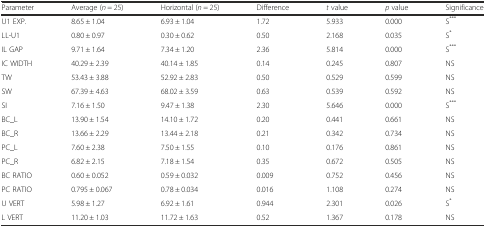
<table><thead><tr><td><b>Parameter</b></td><td><b>Average (<i>n</i> = 25)</b></td><td><b>Horizontal (<i>n</i> = 25)</b></td><td><b>Difference</b></td><td><b><i>t</i> value</b></td><td><b><i>p</i> value</b></td><td><b>Significance</b></td></tr></thead><tbody><tr><td>U1 EXP.</td><td>8.65 ± 1.04</td><td>6.93 ± 1.04</td><td>1.72</td><td>5.933</td><td>0.000</td><td>S<sup>***</sup></td></tr><tr><td>LL-U1</td><td>0.80 ± 0.97</td><td>0.30 ± 0.62</td><td>0.50</td><td>2.168</td><td>0.035</td><td>S<sup>*</sup></td></tr><tr><td>IL GAP</td><td>9.71 ± 1.64</td><td>7.34 ± 1.20</td><td>2.36</td><td>5.814</td><td>0.000</td><td>S<sup>***</sup></td></tr><tr><td>IC WIDTH</td><td>40.29 ± 2.39</td><td>40.14 ± 1.85</td><td>0.14</td><td>0.245</td><td>0.807</td><td>NS</td></tr><tr><td>TW</td><td>53.43 ± 3.88</td><td>52.92 ± 2.83</td><td>0.50</td><td>0.529</td><td>0.599</td><td>NS</td></tr><tr><td>SW</td><td>67.39 ± 4.63</td><td>68.02 ± 3.59</td><td>0.63</td><td>0.539</td><td>0.592</td><td>NS</td></tr><tr><td>SI</td><td>7.16 ± 1.50</td><td>9.47 ± 1.38</td><td>2.30</td><td>5.646</td><td>0.000</td><td>S<sup>***</sup></td></tr><tr><td>BC_L</td><td>13.90 ± 1.54</td><td>14.10 ± 1.72</td><td>0.20</td><td>0.441</td><td>0.661</td><td>NS</td></tr><tr><td>BC_R</td><td>13.66 ± 2.29</td><td>13.44 ± 2.18</td><td>0.21</td><td>0.342</td><td>0.734</td><td>NS</td></tr><tr><td>PC_L</td><td>7.60 ± 2.38</td><td>7.50 ± 1.55</td><td>0.10</td><td>0.176</td><td>0.861</td><td>NS</td></tr><tr><td>PC_R</td><td>6.82 ± 2.15</td><td>7.18 ± 1.54</td><td>0.35</td><td>0.672</td><td>0.505</td><td>NS</td></tr><tr><td>BC RATIO</td><td>0.60 ± 0.052</td><td>0.59 ± 0.032</td><td>0.009</td><td>0.752</td><td>0.456</td><td>NS</td></tr><tr><td>PC RATIO</td><td>0.795 ± 0.067</td><td>0.78 ± 0.034</td><td>0.016</td><td>1.108</td><td>0.274</td><td>NS</td></tr><tr><td>U VERT</td><td>5.98 ± 1.27</td><td>6.92 ± 1.61</td><td>0.944</td><td>2.301</td><td>0.026</td><td>S<sup>*</sup></td></tr><tr><td>L VERT</td><td>11.20 ± 1.03</td><td>11.72 ± 1.63</td><td>0.52</td><td>1.367</td><td>0.178</td><td>NS</td></tr></tbody></table>